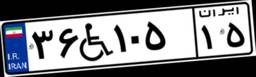
۳۶W۱۰۵۱۵